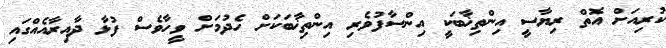
ކުރިއަށް އޮތް ރިޔާސީ އިންތިޚާބަކީ އިންސާފުވެރި އިންތިޚާބަކަށް ހެދުމަށް ވީހާވެސް ފުޅާ ދާއިރާއެއްގައި